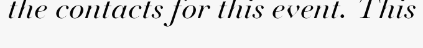
the contacts for this event. This